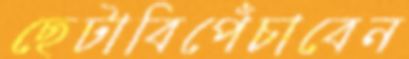
ছেটাবিপেঁচাবেন